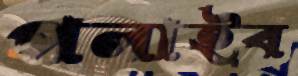
পলাইব